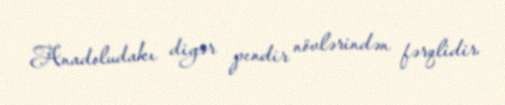
Anadoludakı digər pendir növlərindən fərqlidir.